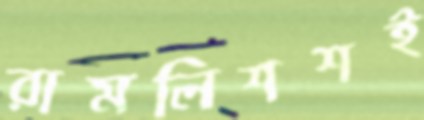
রামলিশশই